Annual report of the Bengal Veterinary College and of the Civil Veterinary Department, Bengal, for the year 1918-19 - 1918-1919
Year: 1918
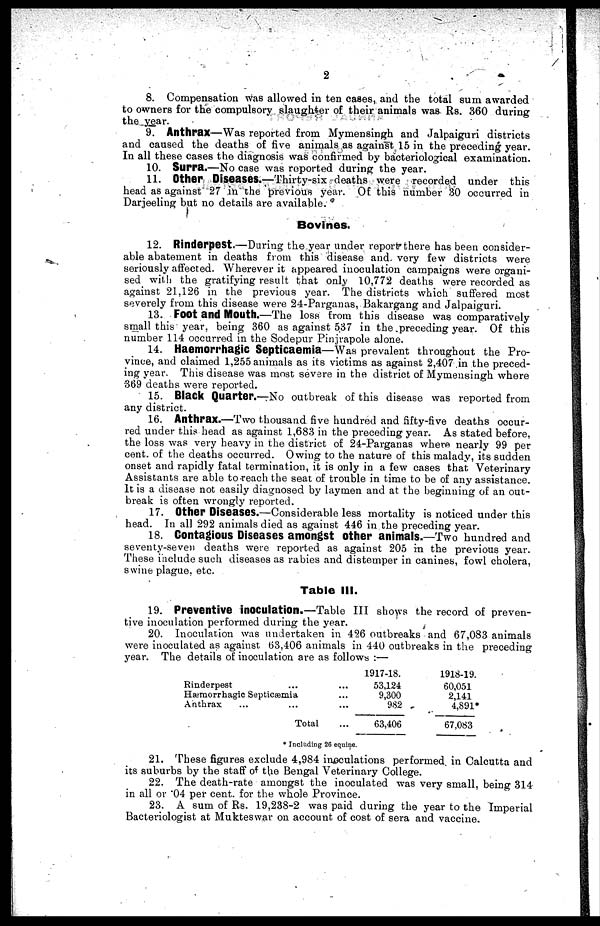
2
8. Compensation was allowed in ten cases, and the total sum awarded
to owners for the compulsory slaughter of their animals was Rs. 360 during
the year.
9. Anthrax—Was reported from Mymensingh and Jalpaiguri districts
and caused the deaths of five animals as against 15 in the preceding year.
In all these cases the diagnosis was confirmed by bacteriological examination.
10. Surra.—No case was reported during the year.
11. Other Diseases.—Thirty-six deaths were recorded under this
head as against 27 in the previous year. Of this number 30 occurred in
Darjeeling but no details are available.
Bovines.
12. Rinderpest.—During the year under report there has been consider-
able abatement in deaths from this disease and very few districts were
seriously affected. Wherever it appeared inoculation campaigns were organi-
sed with the gratifying result that only 10,772 deaths were recorded as
against 21,126 in the previous year. The districts which suffered most
severely from this disease were 24-Parganas, Bakargang and Jalpaiguri.
13. Foot and Mouth.—The loss from this disease was comparatively
small this year, being 360 as against 537 in the preceding year. Of this
number 114 occurred in the Sodepur Pinjrapole alone.
14. Haemorrhagic Septicaemia—Was prevalent throughout the Pro-
vince, and claimed 1,255 animals as its victims as against 2,407 in the preced-
ing year. This disease was most severe in the district of Mymensingh where
369 deaths were reported.
15. Black Quarter.—No outbreak of this disease was reported from
any district.
16. Anthrax.—Two thousand five hundred and fifty-five deaths occur-
red under this head as against 1,683 in the preceding year. As stated before,
the loss was very heavy in the district of 24-Parganas where nearly 99 per
cent. of the deaths occurred. Owing to the nature of this malady, its sudden
onset and rapidly fatal termination, it is only in a few cases that Veterinary
Assistants are able to reach the seat of trouble in time to be of any assistance.
It is a disease not easily diagnosed by laymen and at the beginning of an out-
break is often wrongly reported.
17. Other Diseases.—Considerable less mortality is noticed under this
head. In all 292 animals died as against 446 in the preceding year.
18. Contagious Diseases amongst other animals.—Two hundred and
seventy-seven deaths were reported as against 205 in the previous year.
These include such diseases as rabies and distemper in canines, fowl cholera,
swine plague, etc.
Table III.
19. Preventive inoculation.—Table III shows the record of preven-
tive inoculation performed during the year.
20. Inoculation was undertaken in 426 outbreaks and 67,083 animals
were inoculated as against 63,406 animals in 440 outbreaks in the preceding
year. The details of inoculation are as follows :—
Rinderpest ...
Hæmorrhagic Septicæmia
Anthrax ... ...
Total
...
...
...
...
1917-18.
53,124
9,300
982
63,406
1918-19.
60,051
2,141
4,891
67,083
* Including 26 equine.
21. These figures exclude 4,984 inoculations performed in Calcutta and
its suburbs by the staff of the Bengal Veterinary College.
22. The death-rate amongst the inoculated was very small, being 314
in all or .04 per cent. for the whole Province.
23. A sum of Rs. 19,238-2 was paid during the year to the Imperial
Bacteriologist at Mukteswar on account of cost of sera and vaccine.